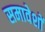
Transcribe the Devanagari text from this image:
समावेशों